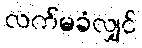
လက်မခံလျှင်